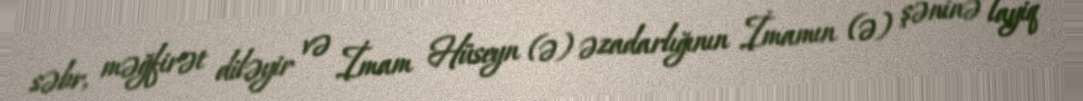
səbr, məğfirət diləyir və İmam Hüseyn (ə) əzadarlığının İmamın (ə) şəninə layiq